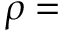
\rho =